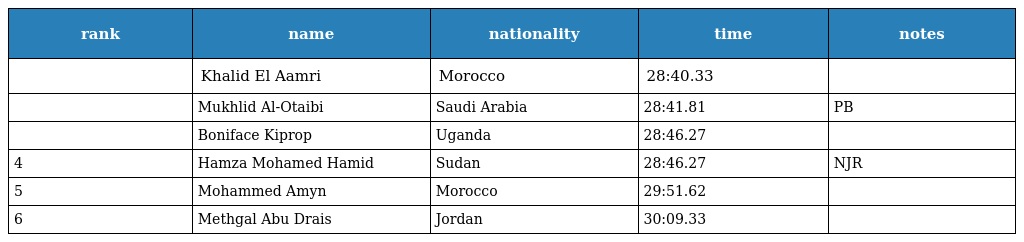
| rank | name | nationality | time | notes |
 | --- | --- | --- | --- | --- |
 |  | Khalid El Aamri | Morocco | 28:40.33 |  |
 |  | Mukhlid Al-Otaibi | Saudi Arabia | 28:41.81 | PB |
 |  | Boniface Kiprop | Uganda | 28:46.27 |  |
 | 4 | Hamza Mohamed Hamid | Sudan | 28:46.27 | NJR |
 | 5 | Mohammed Amyn | Morocco | 29:51.62 |  |
 | 6 | Methgal Abu Drais | Jordan | 30:09.33 |  |